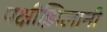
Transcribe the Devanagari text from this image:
पक्षीझिलानी